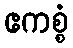
ဧကစ္စံ